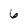
Character: 6